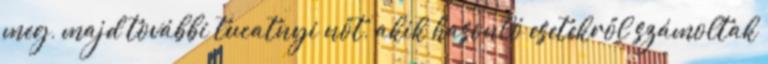
meg, majd további tucatnyi nőt, akik hasonló esetekről számoltak